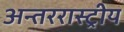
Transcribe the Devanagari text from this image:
अन्तररास्ट्रीय